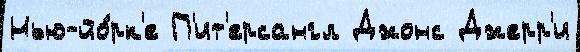
Нью-йо́рк'е П'ит'ерсангл Джонс Джерр'и